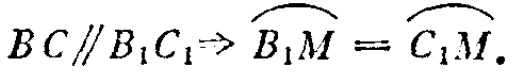
$BC\parallel B_{1}C_{1}\Rightarrow \overset{\frown}{B_{1}M}=\overset{\frown}{C_{1}M}.$